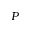
P